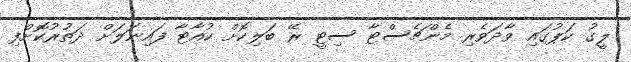
ލީގު ކަޕުގައި ވާދަވެރި މެންޗެސްޓާ ސިޓީ ރޭ ބަލިކޮށް ކުއާޓާ ފައިނަލަށް ދަތުރުކޮށްފި